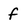
Character: f